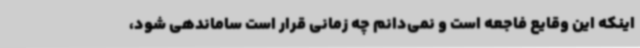
اینکه این وقایع فاجعه است و نمی‌دانم چه زمانی قرار است ساماندهی شود،